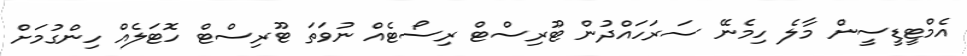
އެމްޓީޑީސީން މާލެ ހިމެނޭ ސަރަހައްދުން ޓޫރިސްޓް ރިސޯޓެއް ނުވަތަ ޓޫރިސްޓް ހޮޓަލެއް ހިންގުމަށް